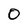
Character: 0